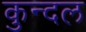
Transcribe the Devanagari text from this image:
कुन्दल